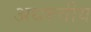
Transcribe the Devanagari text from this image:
अधरुवीय